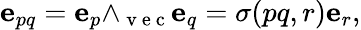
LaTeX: {\mathbf e}_{pq}={\mathbf e}_{p}{\wedge_{\mathrm{~v~e~c~}}}{\mathbf e}_{q}=\sigma(pq,r){\mathbf e}_{r},